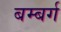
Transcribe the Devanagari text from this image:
बम्बर्ग